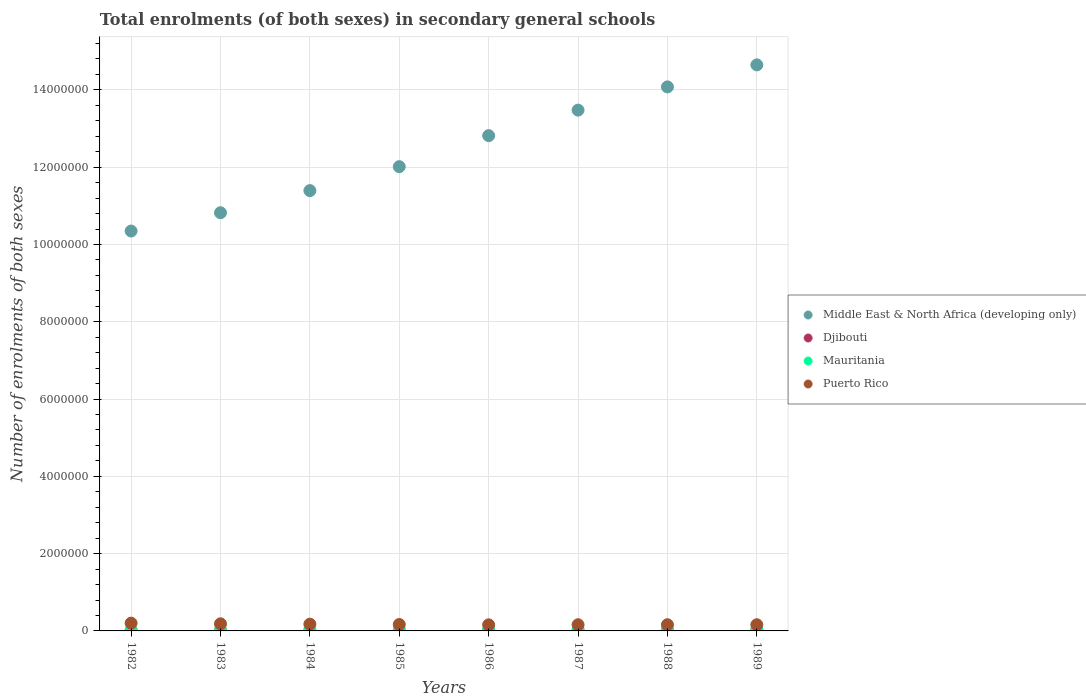
| Years | Middle East & North Africa (developing only) | Djibouti | Mauritania | Puerto Rico |
 | --- | --- | --- | --- | --- |
 | 1982 | 1.03e+07 | 4.08e+03 | 2.28e+04 | 2.01e+05 |
 | 1983 | 1.08e+07 | 4.43e+03 | 2.57e+04 | 1.84e+05 |
 | 1984 | 1.14e+07 | 4.79e+03 | 2.79e+04 | 1.75e+05 |
 | 1985 | 1.2e+07 | 4.98e+03 | 3.08e+04 | 1.66e+05 |
 | 1986 | 1.28e+07 | 5.06e+03 | 3.31e+04 | 1.57e+05 |
 | 1987 | 1.35e+07 | 5.54e+03 | 3.51e+04 | 1.6e+05 |
 | 1988 | 1.41e+07 | 5.8e+03 | 3.74e+04 | 1.6e+05 |
 | 1989 | 1.46e+07 | 6.54e+03 | 3.74e+04 | 1.6e+05 |